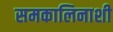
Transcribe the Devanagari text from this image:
समकालिनाशी